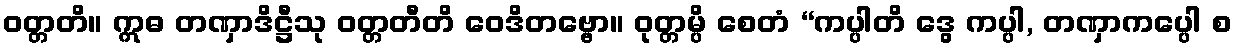
ဝတ္တတိ။ ဣဓ တဏှာဒိဋ္ဌီသု ဝတ္တတီတိ ဝေဒိတဗ္ဗော။ ဝုတ္တမ္ပိ စေတံ “ကပ္ပါတိ ဒွေ ကပ္ပါ, တဏှာကပ္ပေါ စ